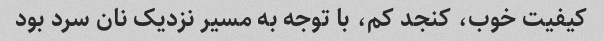
کیفیت خوب، کنجد کم، با توجه به مسیر نزدیک نان سرد بود